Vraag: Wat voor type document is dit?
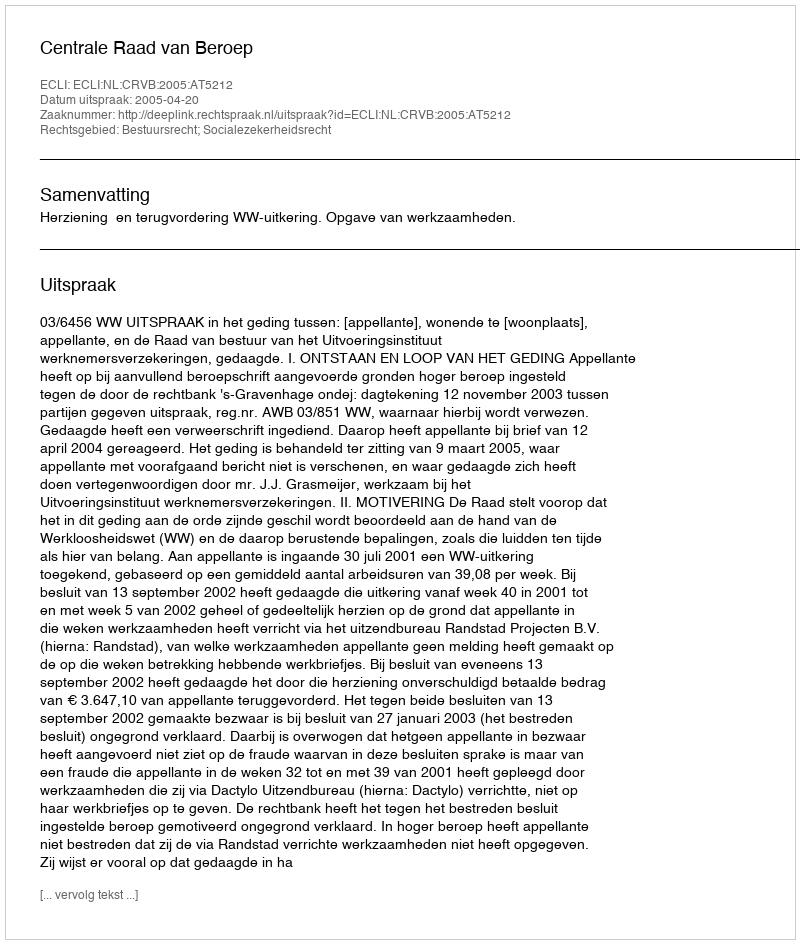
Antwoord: Uitspraak